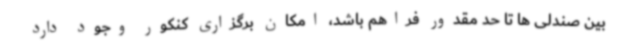
بین صندلی ها تا حد مقدور فراهم باشد، امکان برگزاری کنکور وجود دارد